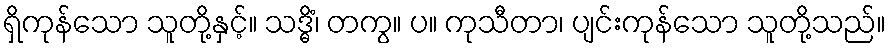
ရှိကုန်သော သူတို့နှင့်။ သဒ္ဓိံ၊ တကွ။ ပ။ ကုသီတာ၊ ပျင်းကုန်သော သူတို့သည်။